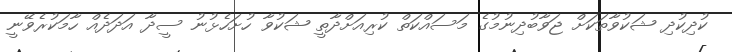
ކުދިކުދި ޝަކުވާތަކަށް ޖަވާބުދިނުމުގެ މަސައްކަތް ކުރިއަށްދާތީ ޝަކުވާ ހުށަހެޅުނު ސީދާ އަދަދެއް ހާމަކުރެވޭނީ